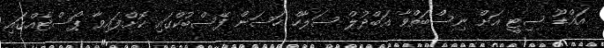
އައްޑޫ ސިޓީ އަށް ނިސްބަތްވާ އަބްދުލް ސަލާހް ހަސަން ފޭސްބުކްގައި ކޮށްފައިވާ ޕޯސްޓެއްގައި